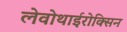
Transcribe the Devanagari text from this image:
लेवोथाईरोक्सिन